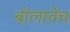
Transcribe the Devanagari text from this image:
बोलावेच